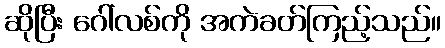
ဆိုပြီး ဂေါ်လစ်ကို အကဲခတ်ကြည့်သည်။